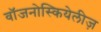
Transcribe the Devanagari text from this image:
वॉजनोस्कियेलीज़